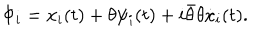
\Phi _ { i } = x _ { i } ( t ) + \theta \psi _ { i } ( t ) + i \bar { \theta } \theta \dot { x } _ { i } ( t ) .